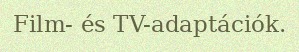
Film- és TV-adaptációk.